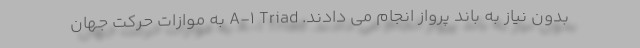
بدون نیاز به باند پرواز انجام می دادند. A-1 Triad به موازات حرکت جهان